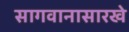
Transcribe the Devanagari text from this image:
सागवानासारखे